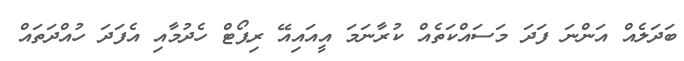
ބަދަލެއް އަންނަ ފަދަ މަސައްކަތެއް ކުރާނަމަ އީއައިއޭ ރިޕޯޓް ހެދުމާއި އެފަދަ ހުއްދަތައް